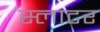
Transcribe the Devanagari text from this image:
स्‍लाटर